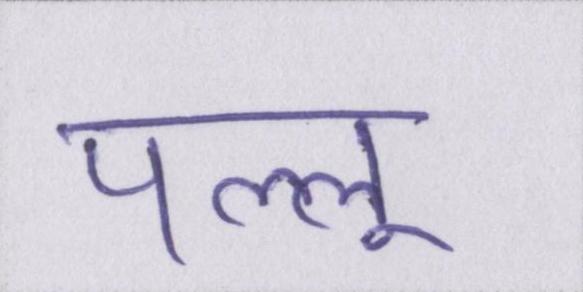
पल्लू